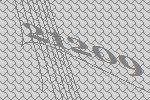
21209